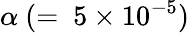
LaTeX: \alpha~(=~5\times 10^{-5})